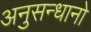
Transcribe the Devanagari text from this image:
अनुसन्धानो